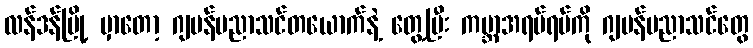
လန်ဒန်မြို့ မှာတော့ ဂျပန်ပညာသင်တယောက်နဲ့ တွေ့ပြီး ကမ္ဘာအရပ်ရပ်ကို ဂျပန်ပညာသင်တွေ